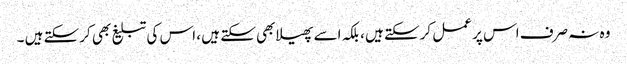
وہ نہ صرف اس پر عمل کرسکتے ہیں ، بلکہ اسے پھیلابھی سکتے ہیں ، اس کی تبلیغ بھی کرسکتے ہیں ۔